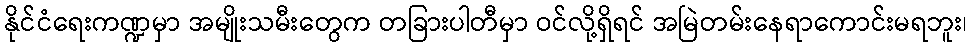
နိုင်ငံရေးကဏ္ဍမှာ အမျိုးသမီးတွေက တခြားပါတီမှာ ဝင်လို့ရှိရင် အမြဲတမ်းနေရာကောင်းမရဘူး၊